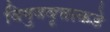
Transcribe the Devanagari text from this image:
विषुववृत्ताकडे